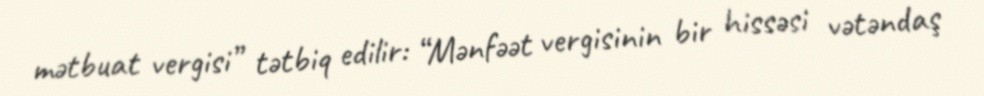
mətbuat vergisi” tətbiq edilir: “Mənfəət vergisinin bir hissəsi vətəndaş